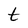
Character: t